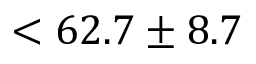
< 6 2 . 7 \pm 8 . 7